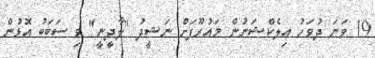
19 ވަނަ ދުވަހު އިލެކްޝަނުން މައުރޫފަށް ނަޝީދު "ލާދީނީ" ވި ސަބަބު އޮޅުން